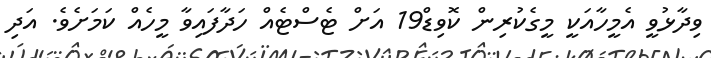
ވިދާޅުވީ އެމީހާއަކީ މީގެކުރިން ކޮވިޑް19 އަށް ޓެސްޓެއް ހަދާފައިވާ މީހެއް ކަމަށެވެ. އަދި